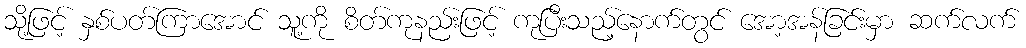
သို့ဖြင့် နှစ်ပတ်ကြာအောင် သူ့ကို စိတ်ကုနည်းဖြင့် ကုပြီးသည့်နောက်တွင် အော့အန်ခြင်းမှာ ဆက်လက်